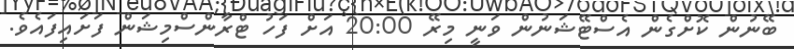
ބޭނުން ކޮށްގެން އެސްޓޭޝަނުން ވަނީ މިރޭ 20:00 އަށް ފަހު ޓްރާންސްމިޝަން ފަށައިފައެވެ.